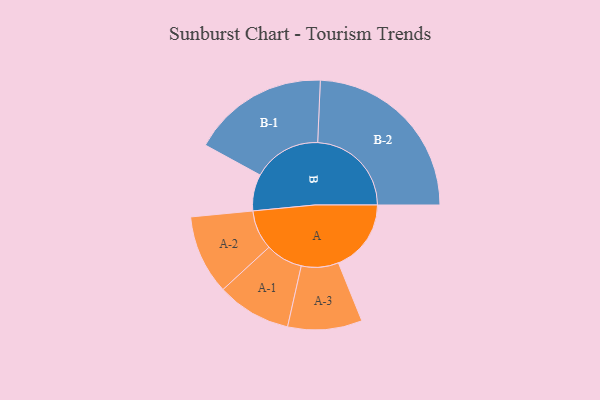
{"axis": {"x": "Segment", "y": "Value"}, "legend": ["", "A", "B"], "data": [{"x": "A", "y": 229, "type": ""}, {"x": "B", "y": 115, "type": ""}, {"x": "A-1", "y": 117, "type": "A"}, {"x": "A-2", "y": 125, "type": "A"}, {"x": "A-3", "y": 117, "type": "A"}, {"x": "B-1", "y": 215, "type": "B"}, {"x": "B-2", "y": 295, "type": "B"}]}